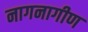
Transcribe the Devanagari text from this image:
नागनागीण